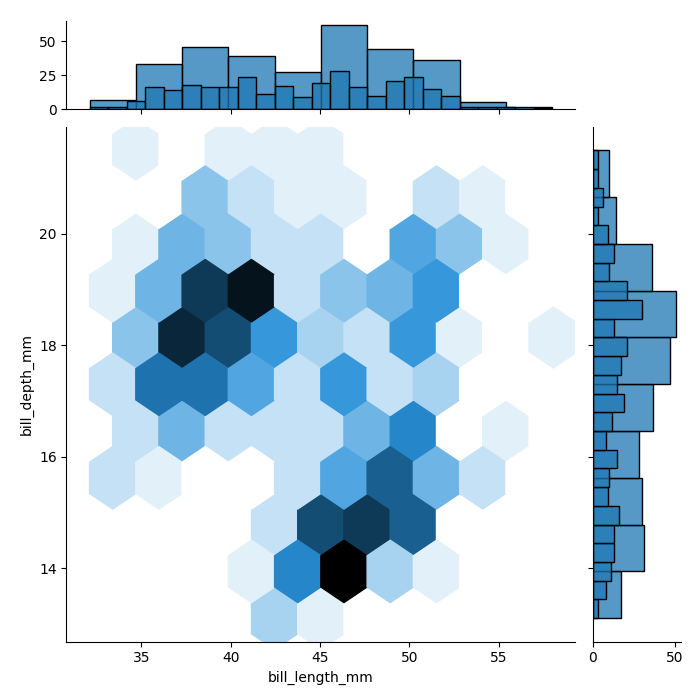
python, seaborn, jointplot, kind='hex', height='7', ratio='5', marginal_ticks='True'